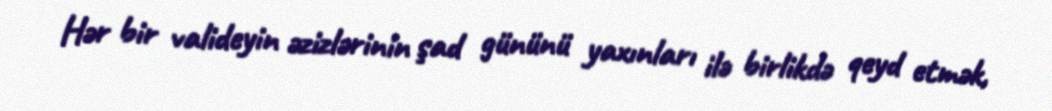
Hər bir valideyin əzizlərinin şad gününü yaxınları ilə birlikdə qeyd etmək,